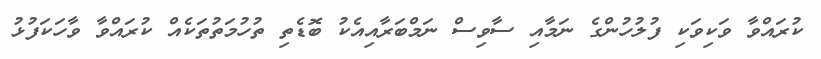
ކުރައްވާ ވަކިވަކި ފުލުހުންގެ ނަމާއި ސާވިސް ނަމްބަރާއިއެކު ބޮޑެތި ތުހުމަތުތަކެއް ކުރައްވާ ވާހަކަފުޅު